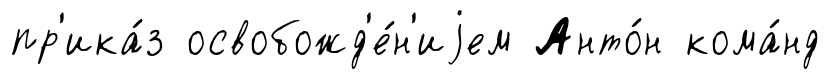
пр'ика́з освобожд'е́н'иjем Анто́н кома́нд